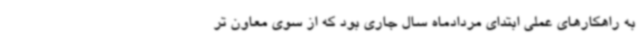
به راهکارهای عملی ابتدای مردادماه سال جاری بود که از سوی معاون تر